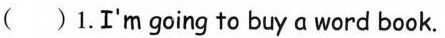
( ) 1.I'm going to buy a word book.